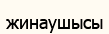
жинаушысы